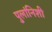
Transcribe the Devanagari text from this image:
पुलांनिशी